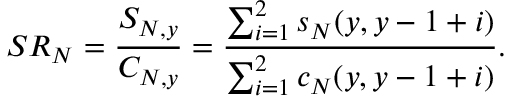
S R _ { N } = \frac { S _ { N , y } } { C _ { N , y } } = \frac { \sum _ { i = 1 } ^ { 2 } s _ { N } ( y , y - 1 + i ) } { \sum _ { i = 1 } ^ { 2 } c _ { N } ( y , y - 1 + i ) } .